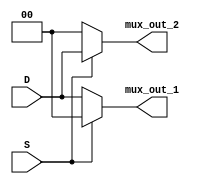
module demux(
    input [1:0] D,
    input S,
    output [1:0] mux_out_1,
    output [1:0] mux_out_2
);

    assign mux_out_1 = (S == 1'b0) ? D : 2'b00;
    assign mux_out_2 = (S == 1'b1) ? D : 2'b00;
endmodule